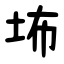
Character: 㘵